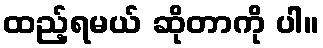
ထည့်ရမယ် ဆိုတာကို ပါ။